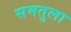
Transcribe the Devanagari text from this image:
समतुला